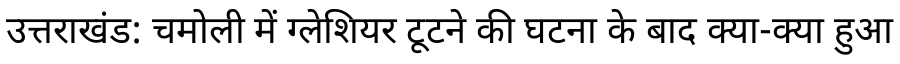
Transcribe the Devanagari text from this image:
उत्तराखंड: चमोली में ग्लेशियर टूटने की घटना के बाद क्या-क्या हुआ